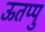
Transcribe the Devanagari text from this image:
ऊतप्पु